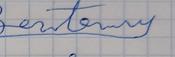
Signature authenticity: forged